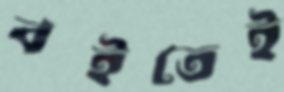
বইতেই